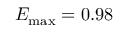
E _ { \operatorname* { m a x } } = 0 . 9 8